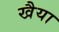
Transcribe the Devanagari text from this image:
खैया